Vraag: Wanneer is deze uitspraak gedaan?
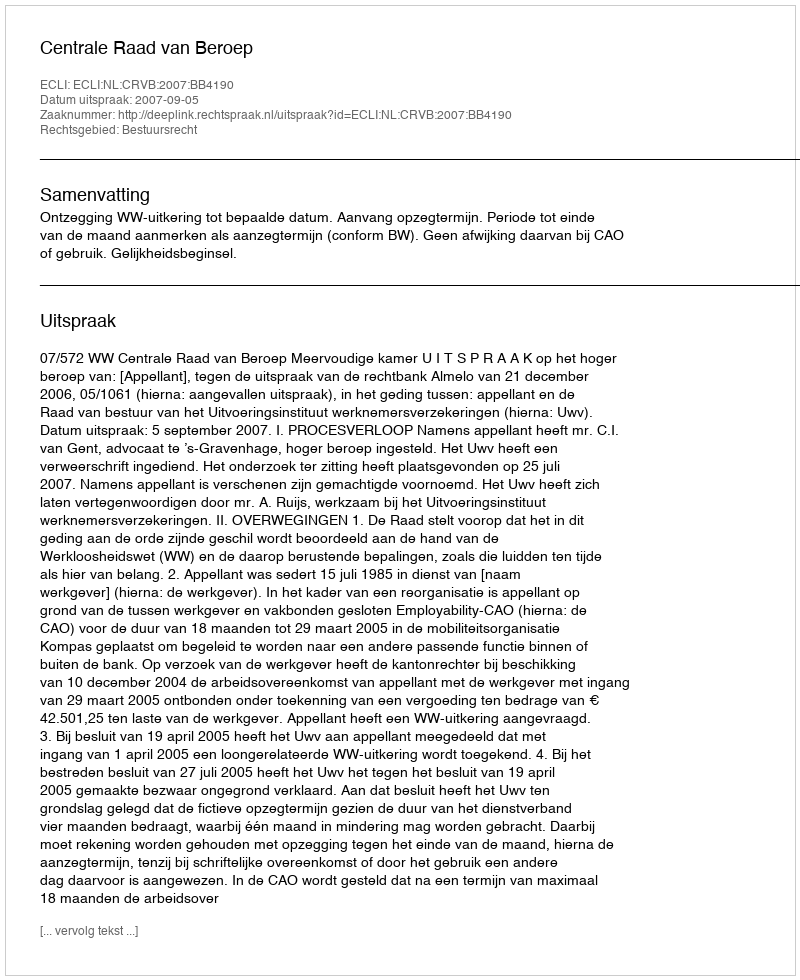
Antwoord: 2007-09-05